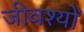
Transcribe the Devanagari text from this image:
जीवश्यों